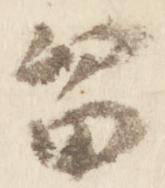
留